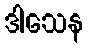
ဒါသေန